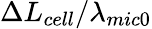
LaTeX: {\Delta{{L}_{cell}}}/{{{\lambda}_{mic0}}}